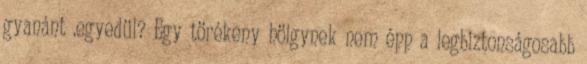
gyanánt .egyedül? Egy törékeny hölgynek nem épp a legbiztonságosabb